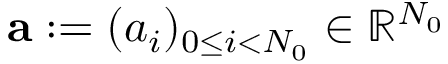
{ \mathbf a } : = ( a _ { i } ) _ { 0 \le i < N _ { 0 } } \in \mathbb { R } ^ { N _ { 0 } }